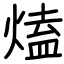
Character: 熆